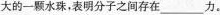
大的一颗水珠，表明分子之间存在___力。